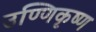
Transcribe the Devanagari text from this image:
उण्णिकृष्ण